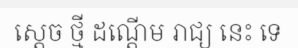
ស្តេច ថ្មី ដណ្តើម រាជ្យ នេះ ទេ